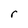
Character: r